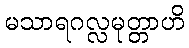
မသာရဂလ္လမုတ္တာဟိ